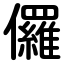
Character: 儸